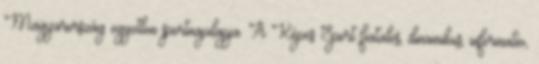
Magyarország egyetlen sportnapilapja. A Képes Sport fiatalos, dinamikus, informatív,